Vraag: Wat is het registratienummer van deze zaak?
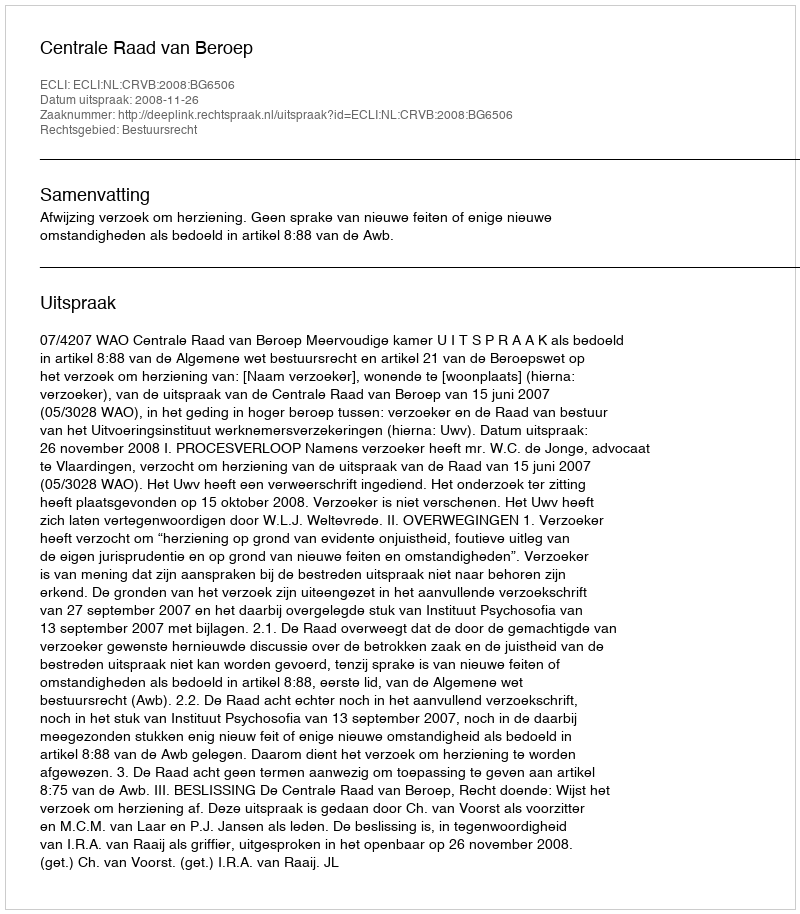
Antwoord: http://deeplink.rechtspraak.nl/uitspraak?id=ECLI:NL:CRVB:2008:BG6506